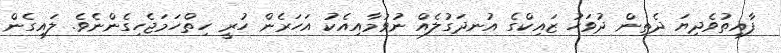
ފާއިތުވެދިޔަ ދެތިން ދުވަހު ޒައިކްގެ އުނދަގުލެއް ނުވުމާއިއެކު އަހަރެން ހުރީ ހިތްހަމަޖެހިގެންނެވެ. ލައިގެން